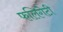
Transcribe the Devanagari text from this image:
फलिगेटी